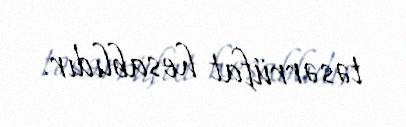
təsərrüfat hesablıdır.